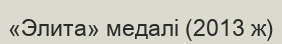
«Элита» медалі (2013 ж)